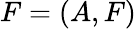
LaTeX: F=(A,F)